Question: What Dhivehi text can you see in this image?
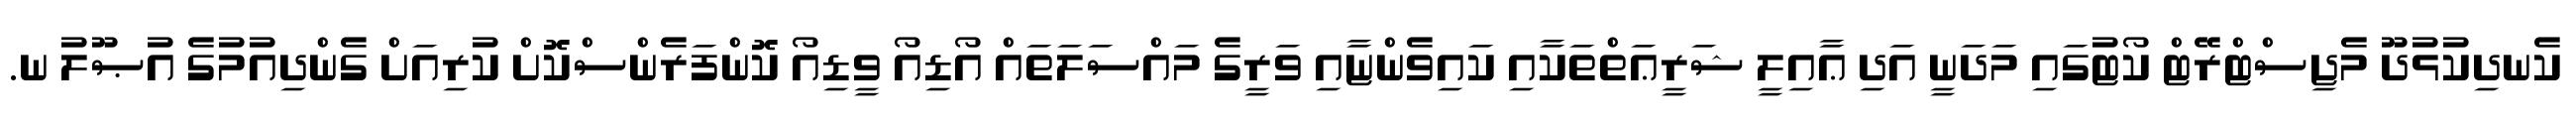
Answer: ކެނދިކުޅުދޫ މެޖިސްޓްރޭޓް ކޯޓުގައި މަދަނީ އަދި ޢާއިލީ ޝަރީޢަތްތަކާއި ކައިވެންޏާއި ވަރީގެ މައްސަލަތައް އޯޑިއޯ ވީޑިއޯ ކޮންފަރެންސްކޮށް ކުރިއަށް ގެންދިއުމުގެ އުޞޫލު ނ.